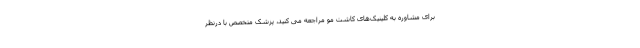
برای مشاوره به کلینیک‌های کاشت مو مراجعه می کنید، پزشک متخصص با درنظر